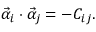
\vec { \alpha } _ { i } \cdot \vec { \alpha } _ { j } = - C _ { i j } .